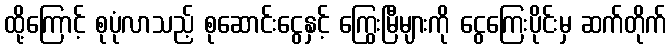
ထို့ကြောင့် စုပုံလာသည့် စုဆောင်းငွေနှင့် ကြွေးမြီများကို ငွေကြေးပိုင်းမှ ဆက်တိုက်